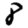
Digit: 8